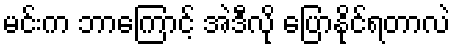
မင်းက ဘာကြောင့် အဲဒီလို ပြောနိုင်ရတာလဲ